Vaccination North-Western Provinces 1866-1877 - 1866-1877
Year: 1866
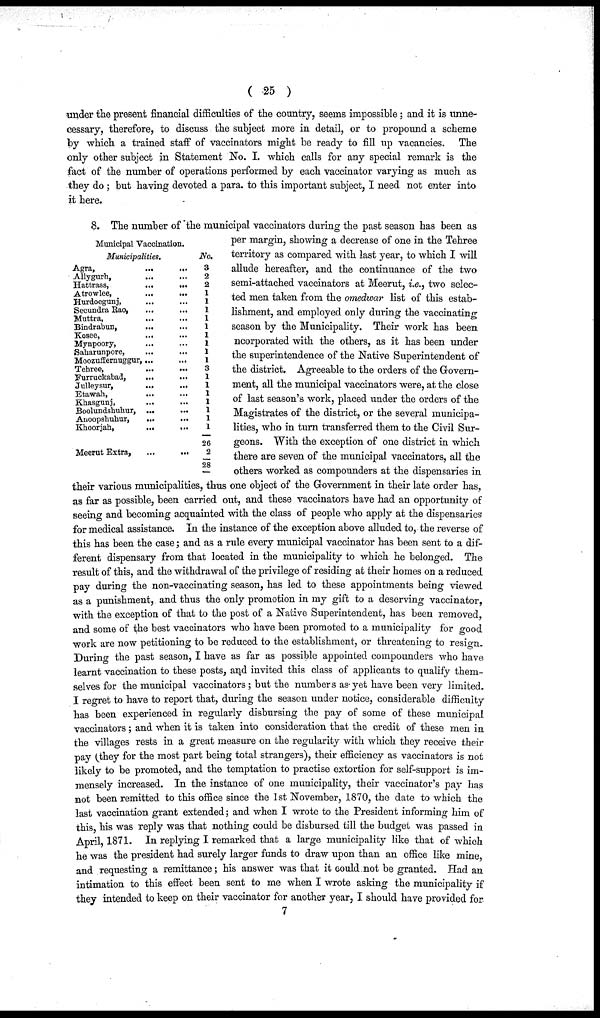
( 25 )
under the present financial difficulties of the country, seems impossible; and it is unne-
cessary, therefore, to discuss the subject more in detail, or to propound a scheme
by which a trained staff of vaccinators might be ready to fill up vacancies. The
only other subject in Statement No. I. which calls for any special remark is the
fact of the number of operations performed by each vaccinator varying as much as
they do ; but having devoted a para. to this important subject, I need not enter into
it here.
Municipal Vaccination.
Municipalities.
Agra, ... ...
Allygurh, ... ...
Hattrass,
...
...
Atrowlee,
...
...
Hurdoegunj, ... ...
Secundra Rao,
...
...
Muttra, ... ...
Bindrabun, ... ...
Kosee, ... ...
Mynpoory, ... ...
Saharunpore, ... ...
Moozuffernuggur,... ...
Tehree,
...
...
Furruckabad,
...
...
Julleysur,
... ...
Etawah, ... ...
Khasgunj, ... ...
Boolundshuhur, ...
...
Anoopshuhur,
... ...
Khoorjah,
...
...
Meerut Extra,
...
...
No.
3
2
2
1
1
1
1
1
1
1
1
1
3
1
1
1
1
1
1
1
26
2
28
8. The number of the municipal vaccinators during the past season has been as
per margin, showing a decrease of one in the Tehree
territory as compared with last year, to which I will
allude hereafter, and the continuance of the two
semi-attached vaccinators at Meerut, i.e., two selec-
ted men taken from the omedwar list of this estab-
lishment, and employed only during the vaccinating
season by the Municipality. Their work has been
ncorporated with the others, as it has been under
the superintendence of the Native Superintendent of
the district. Agreeable to the orders of the Govern-
ment, all the municipal vaccinators were, at the close
of last season's work, placed under the orders of the
Magistrates of the district, or the several municipa-
lities, who in turn transferred them to the Civil Sur-
geons. With the exception of one district in which
there are seven of the municipal vaccinators, all the
others worked as compounders at the dispensaries in
their various municipalities, thus one object of the Government in their late order has,
as far as possible, been carried out, and these vaccinators have had an opportunity of
seeing and becoming acquainted with the class of people who apply at the dispensaries
for medical assistance. In the instance of the exception above alluded to, the reverse of
this has been the case; and as a rule every municipal vaccinator has been sent to a dif-
ferent dispensary from that located in the municipality to which he belonged. The
result of this, and the withdrawal of the privilege of residing at their homes on a reduced
pay during the non-vaccinating season, has led to these appointments being viewed
as a punishment, and thus the only promotion in my gift to a deserving vaccinator,
with the exception of that to the post of a Native Superintendent, has been removed,
and some of the best vaccinators who have been promoted to a municipality for good
work are now petitioning to be reduced to the establishment, or threatening to resign.
During the past season, I have as far as possible appointed compounders who have
learnt vaccination to these posts, and invited this class of applicants to qualify them-
selves for the municipal vaccinators ; but the numbers as yet have been very limited.
I regret to have to report that, during the season under notice, considerable difficulty
has been experienced in regularly disbursing the pay of some of these municipal
vaccinators ; and when it is taken into consideration that the credit of these men in
the villages rests in a great measure on the regularity with which they receive their
pay (they for the most part being total strangers), their efficiency as vaccinators is not
likely to be promoted, and the temptation to practise extortion for self-support is im-
mensely increased. In the instance of one municipality, their vaccinator's pay has
not been remitted to this office since the 1st November, 1870, the date to which the
last vaccination grant extended; and when I wrote to the President informing him of
this, his was reply was that nothing could be disbursed till the budget was passed in
April, 1871. In replying I remarked that a large municipality like that of which
he was the president had surely larger funds to draw upon than an office like mine,
and requesting a remittance; his answer was that it could not be granted. Had an
intimation to this effect been sent to me when I wrote asking the municipality if
they intended to keep on their vaccinator for another year, I should have provided for
7